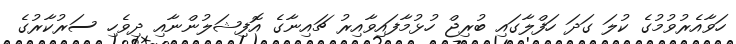
ހަވާއެރުވުމުގެ ކުލަ ގަދަ ހަފްލާގައި ބުރިޖް ހުޅުމާފައިވާއިރު ޗައިނާގެ އޮފިޝަލުންނާއި ދިވެހި ސަރުކާރުގެ